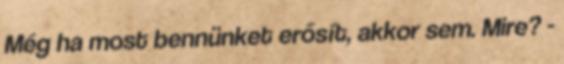
Még ha most bennünket erősít, akkor sem. Mire? -